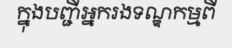
ក្នុងបញ្ជីអ្នករងទណ្ឌកម្មពី